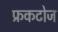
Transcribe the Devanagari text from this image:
फ्रकटोज